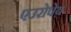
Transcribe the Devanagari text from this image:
एउरोपेय